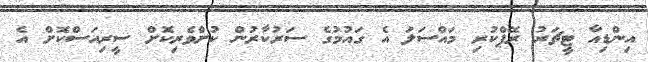
އިންޑިއާ ޓީޗަރު ރޭޕްކުރި މައްސަލަ އެ ގައުމުގެ ސަރުކާރުން ކުށްވެރިކޮށް ސީރިއަސްކޮށް އެ